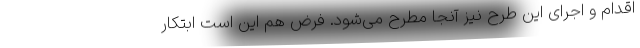
اقدام و اجرای این طرح نیز آنجا مطرح می‌شود. فرض هم این است ابتکار